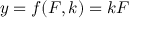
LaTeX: y = f ( F , k ) = k F